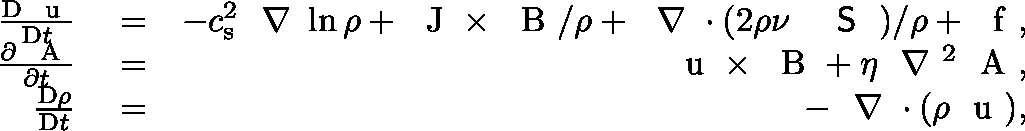
\begin{array} { r l r } { \frac { \mathrm { D } { } \mathrm { ~ \boldmath ~ u ~ } { } } { \mathrm { D } { } t } } & { { } = } & { - c _ { \mathrm { s } } ^ { 2 } \mathrm { ~ \boldmath ~ \nabla ~ } { } \ln \rho + \mathrm { ~ \boldmath ~ J ~ } { } \times \mathrm { ~ \boldmath ~ B ~ } { } / \rho + \mathrm { ~ \boldmath ~ \nabla ~ } { } \cdot ( 2 \rho \nu \mathrm { ~ \boldmath ~ { ~ \sf ~ S ~ } ~ } { } ) / \rho + \mathrm { ~ \boldmath ~ f ~ } { } , } \\ { \frac { \partial \mathrm { ~ \boldmath ~ A ~ } { } } { \partial t } } & { { } = } & { \mathrm { ~ \boldmath ~ u ~ } { } \times \mathrm { ~ \boldmath ~ B ~ } { } + \eta \mathrm { ~ \boldmath ~ \nabla ~ } { } ^ { 2 } \mathrm { ~ \boldmath ~ A ~ } { } , } \\ { \frac { \mathrm { D } { } \rho } { \mathrm { D } { } t } } & { { } = } & { - \mathrm { ~ \boldmath ~ \nabla ~ } { } \cdot ( \rho \mathrm { ~ \boldmath ~ u ~ } { } ) , } \end{array}